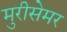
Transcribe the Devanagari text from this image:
मुरीसेमर